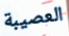
العصيبة